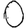
Digit: 0